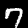
Digit: 7